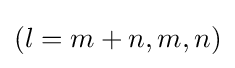
(l=m+n,m,n)